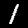
Label: 1